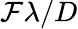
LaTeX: \mathcal{F}\lambda/D